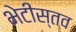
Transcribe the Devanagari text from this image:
भेटीस्तव